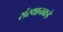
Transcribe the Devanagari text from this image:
संस्थानकडे